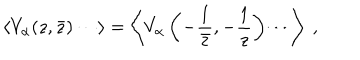
\langle V _ { \alpha } ( z , \bar { z } ) \cdots \rangle = \left\langle V _ { \alpha } \left( - \frac { 1 } { \bar { z } } , - \frac { 1 } { z } \right) \cdots \right\rangle ~ ,